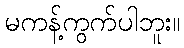
မကန့်ကွက်ပါဘူး။